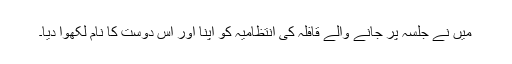
مَیں نے جلسہ پر جانے والے قافلہ کی انتظامیہ کو اپنا اور اُس دوست کا نام لکھوا دیا۔